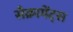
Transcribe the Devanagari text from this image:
सैक्रामेंट्स